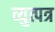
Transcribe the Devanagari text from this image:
व्युत्पत्र